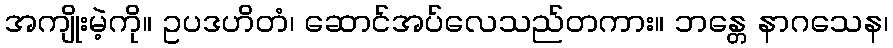
အကျိုးမဲ့ကို။ ဥပဒဟိတံ၊ ဆောင်အပ်လေသည်တကား။ ဘန္တေ နာဂသေန၊